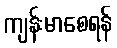
ကျန်းမာစေရန်